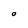
Character: O